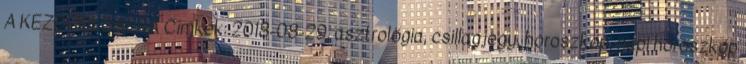
A KEZDŐOLDALRA Címkék: 2018-08-29, asztrológia, csillagjegy, horoszkóp, napi horoszkóp